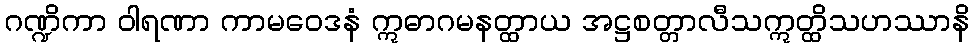
ဂဏ္ဍိကာ ဝါရဏာ ကာမဝေဒနံ ဣဓာဂမနတ္ထာယ အဋ္ဌစတ္တာလီသဣတ္ထိသဟဿာနိ